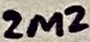
Text: 2M2